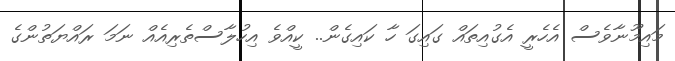
މައިމޫނާވެސް އެހެރީ އެގުއިތައް ގައިގަ ހާ ކައިގެން.. ކީއްވެ އިހުލާސްތެރިއެއް ނަމަ ރައްޔަތުންގެ